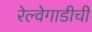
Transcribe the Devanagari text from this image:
रेल्वेगाडीची